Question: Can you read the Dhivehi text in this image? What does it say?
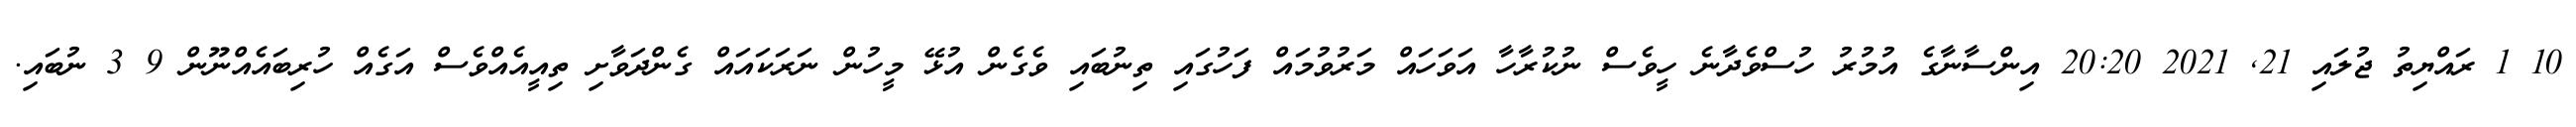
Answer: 10 1 ރައްޔިތު ޖުލައި 21, 2021 20:20 އިންސާނާގެ އުމުރު ހުސްވެދާނެ ހީވެސް ނުކުރާހާ އަވަހައް މަރުވުމައް ފަހުގައި ތިނުބައި ވެގެން އުޅޭ މީހުން ނަރަކައައް ގެންދަވާށި ތިއީއެއްވެސް އަގެއް ހުރިބައެއްނޫން 9 3 ނުބައި.